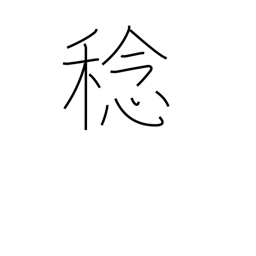
Meaning: harvest